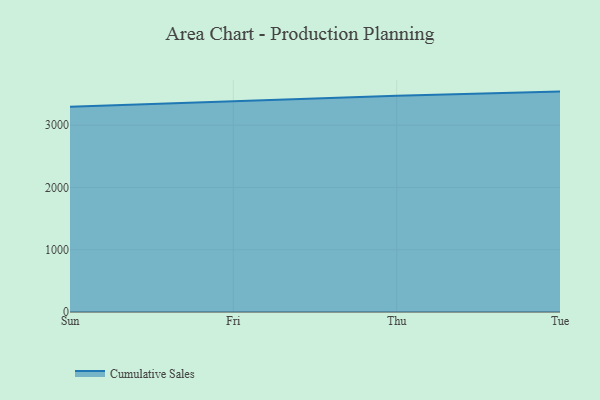
{"axis": {"x": "Day", "y": "Headcount"}, "legend": ["Cumulative Sales"], "data": [{"x": "Sun", "y": 3296.9, "type": "Cumulative Sales"}, {"x": "Fri", "y": 3383.3, "type": "Cumulative Sales"}, {"x": "Thu", "y": 3471.1, "type": "Cumulative Sales"}, {"x": "Tue", "y": 3539.7, "type": "Cumulative Sales"}]}